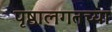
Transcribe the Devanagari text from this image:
पृष्ठालगतच्या